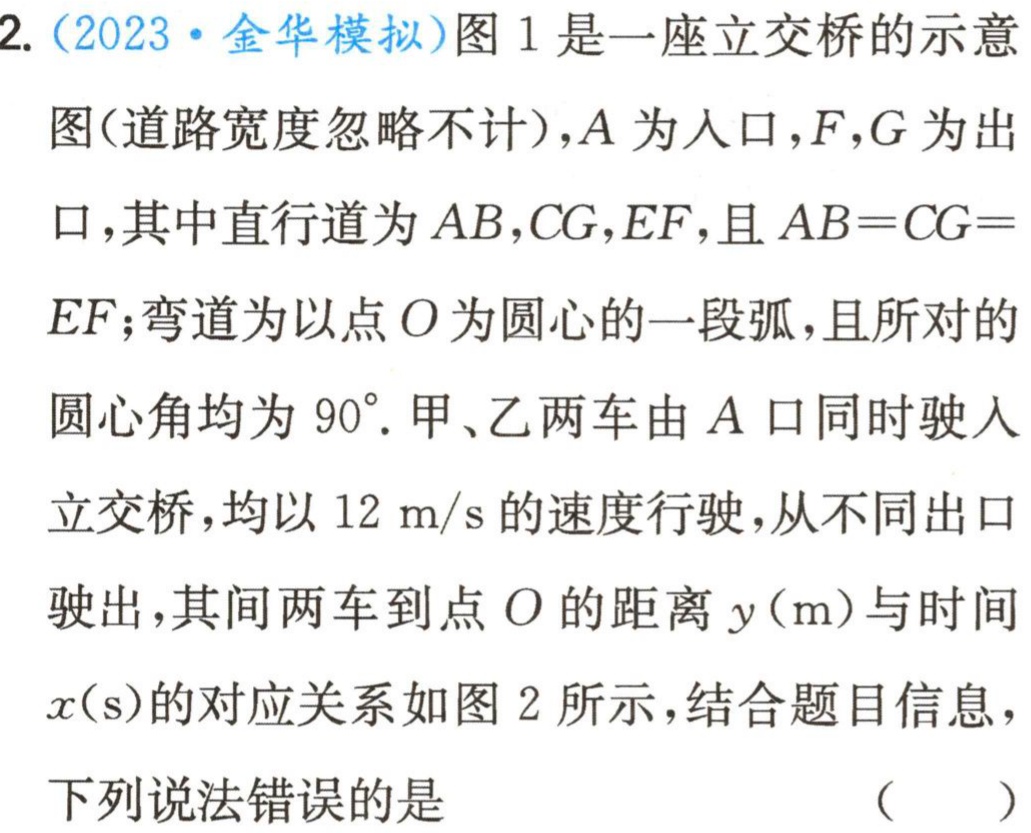
2.（2023·金华模拟）图1是一座立交桥的示意图(道路宽度忽略不计)，A为入口，F，G为出口，其中直行道为AB，CG，EF，且AB = CG =EF；弯道为以点O为圆心的一段弧，且所对的圆心角均为$90^{\circ}$. 甲、乙两车由A口同时驶入立交桥，均以12 m/s的速度行驶，从不同出口驶出，其间两车到点O的距离y(m)与时间x(s)的对应关系如图2所示，结合题目信息，下列说法错误的是 （  ）